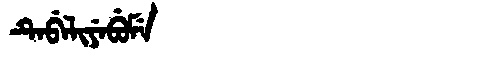
Manchu: ᡨᡝᠪᡝᠯᡳᠶᡝᠪᡠᠮᡝ
Romanization: TEBELIYEBUME